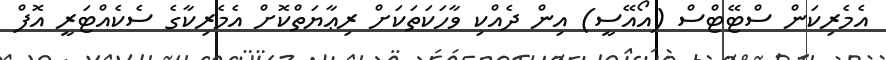
އެމެރިކަން ސްޓޭޓްސް (އޯއޭސީ) އިން ދެއްކި ވާހަކަތަކަށް ރިޢާޔަތްކޮށް އެމެރިކާގެ ސެކެއްޓަރީ އޮފް